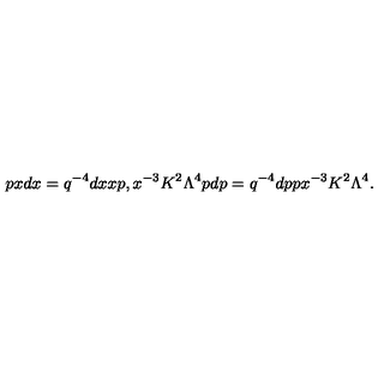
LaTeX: p x d x = q ^ { - 4 } d x x p , x ^ { - 3 } K ^ { 2 } \Lambda ^ { 4 } p d p = q ^ { - 4 } d p p x ^ { - 3 } K ^ { 2 } \Lambda ^ { 4 } .